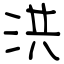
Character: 洪